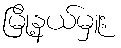
မြို့နယ်မှူး